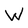
Character: W